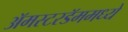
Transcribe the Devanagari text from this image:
अॅमस्टरडॅममध्ये